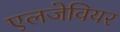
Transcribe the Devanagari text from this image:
एलजेवियर